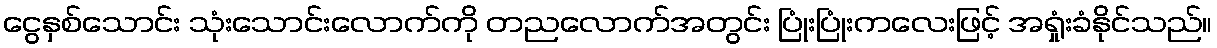
ငွေနှစ်သောင်း သုံးသောင်းလောက်ကို တညလောက်အတွင်း ပြုံးပြုံးကလေးဖြင့် အရှုံးခံနိုင်သည်။